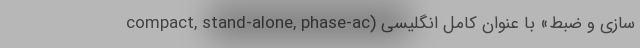
سازی و ضبط» با عنوان کامل انگلیسی (compact, stand-alone, phase-ac